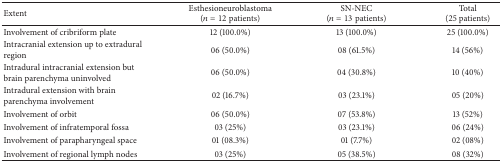
<table><thead><tr><td><b>Extent</b></td><td><b>Esthesioneuroblastoma(<i>n</i> = 12 patients)</b></td><td><b>SN-NEC(<i>n</i> = 13 patients)</b></td><td><b>Total (25 patients)</b></td></tr></thead><tbody><tr><td>Involvement of cribriform plate</td><td>12 (100.0%)</td><td>13 (100.0%)</td><td>25 (100.0%)</td></tr><tr><td>Intracranial extension up to extradural region</td><td>06 (50.0%)</td><td>08 (61.5%)</td><td>14 (56%)</td></tr><tr><td>Intradural intracranial extension but brain parenchyma uninvolved</td><td>06 (50.0%)</td><td>04 (30.8%)</td><td>10 (40%)</td></tr><tr><td>Intradural extension with brain parenchyma involvement</td><td>02 (16.7%)</td><td>03 (23.1%)</td><td>05 (20%)</td></tr><tr><td>Involvement of orbit</td><td>06 (50.0%)</td><td>07 (53.8%)</td><td>13 (52%)</td></tr><tr><td>Involvement of infratemporal fossa</td><td>03 (25%)</td><td>03 (23.1%)</td><td>06 (24%)</td></tr><tr><td>Involvement of parapharyngeal space</td><td>01 (08.3%)</td><td>01 (7.7%)</td><td>02 (08%)</td></tr><tr><td>Involvement of regional lymph nodes</td><td>03 (25%)</td><td>05 (38.5%)</td><td>08 (32%)</td></tr></tbody></table>